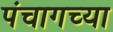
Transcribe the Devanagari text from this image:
पंचागच्या